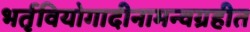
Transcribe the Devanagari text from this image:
भर्तृवियोगादीनामन्वग्रहीत